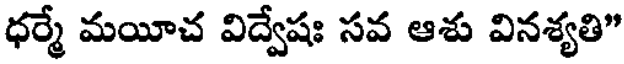
ధర్మే మయీచ విద్వేషః సవ ఆశు వినశ్యతి"